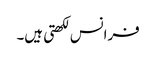
فرانس لکھتی ہیں۔